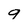
Character: 9